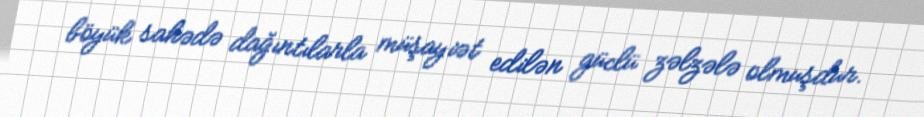
böyük sahədə dağıntılarla müşayiət edilən güclü zəlzələ olmuşdur.